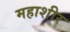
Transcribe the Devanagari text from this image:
महाशीर